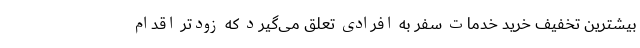
بیشترین تخفیف‌ خرید خدمات سفر به افرادی تعلق می‌گیرد که زودتر اقدام